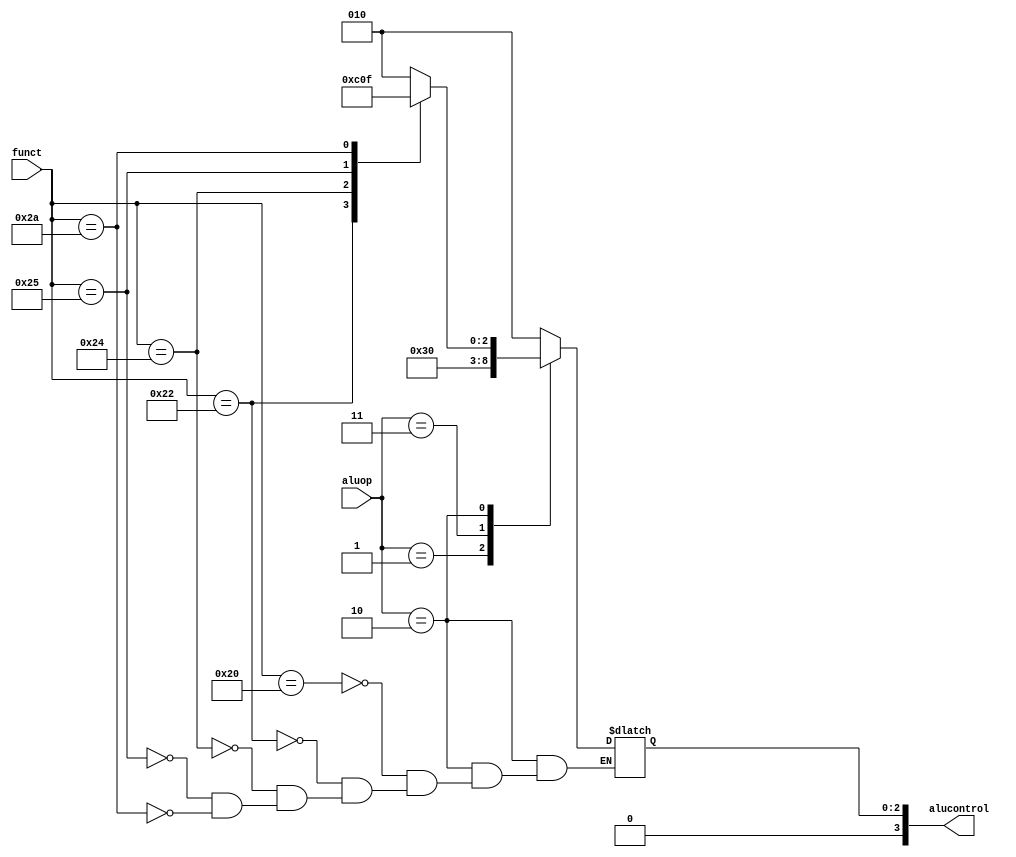
    //INPUT: funct, alu_op
    //output: alu control

module alu_control(funct, aluop, alucontrol);
    input [5:0] funct;
    input [1:0] aluop;
    output [3:0] alucontrol;

    reg[3:0] alucontrol;

    initial begin
      alucontrol = 4'b0;
    end

    always @ (funct, aluop) begin
        case (aluop)
            2'b00: // sw,lw ADD
                alucontrol = 4'b0010;
            2'b01: //beq, SUB
                alucontrol = 4'b0110;
            2'b11: //andi
                alucontrol = 4'b0000;    
            2'b10: //r-type
                case (funct)
                    6'b100000:  //add
                        alucontrol = 4'b0010;
                    6'b100010:  //sub
                        alucontrol = 4'b0110;
                    6'b100100: //and
                        alucontrol = 4'b0000;
                    6'b100101: //or
                        alucontrol = 4'b0001;
                    6'b101010: //set-on-less-than
                        alucontrol = 4'b0111;
                    default: ;
                endcase
            default: ; //11
        endcase
    end

endmodule